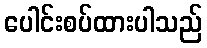
ပေါင်းစပ်ထားပါသည်